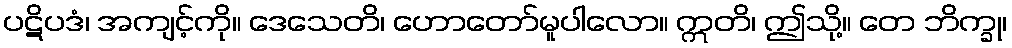
ပဋိပဒံ၊ အကျင့်ကို။ ဒေသေတိ၊ ဟောတော်မူပါလော။ ဣတိ၊ ဤသို့။ တေ ဘိက္ခု၊